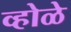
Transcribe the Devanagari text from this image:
व्होळे